Vaccination in the Punjab 1867-1880 - 1867-1880
Year: 1867
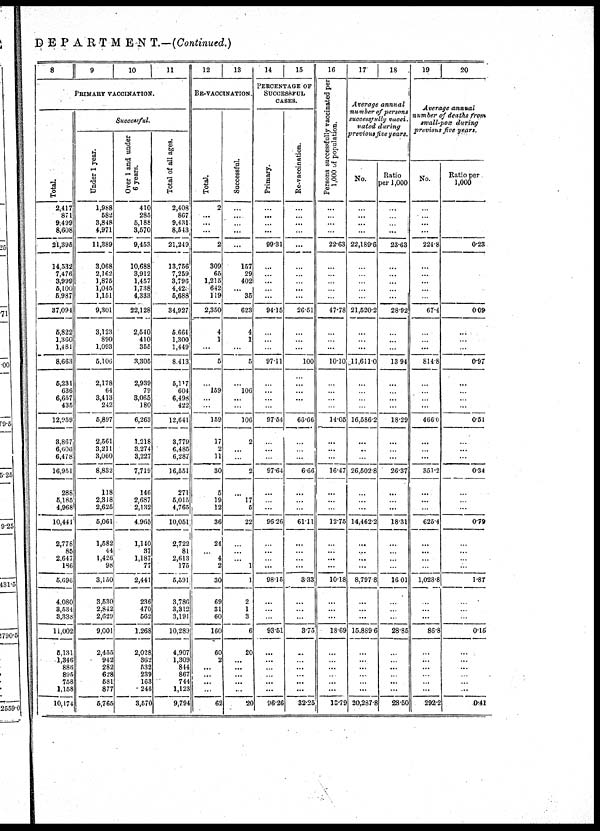
DEPARTMENT.—(Continued.)
8
9
10
11
PRIMARY VACCINATION.
Total.
2,417
871
9,499
8,608
21,395
14,532
7,476
3,999
5,100
5,987
37,094
5,822
1,360
1,481
8,663
5,231
636
6,657
435
12,959
3,867
6,606
6,478
16,951
288
5,185
4,968
10,441
2,778
85
2,647
186
5,696
4,080
3,534
3,338
11,002
5,131
1,346
886
895
758
1,158
10,174
Successful.
Under 1 year.
1,988
582
3,848
4,971
11,389
3,068
2,162
1,875
1,045
1,151
9,301
3,123
890
1,093
5,106
2,178
64
3,413
242
5,897
2,561
3,211
3,060
8,832
118
2,318
2,625
5,061
1,582
44
1,426
98
3,150
3,530
2,842
2,629
9,001
2,455
942
282
628
581
877
5,765
Over 1 and under
6 years.
410
285
5,188
3,570
9,453
10,688
3,912
1,457
1,738
4,333
22,128
2,540
410
355
3,305
2,939
79
3,065
180
6,263
1,218
3,274
3,227
7,719
146
2,687
2,132
4,965
1,140
37
1,187
77
2,441
236
470
562
1,268
2,028
362
632
239
163
246
3,570
Total of all ages.
2,408
867
9,431
8,543
21,249
13,756
7,259.
3,796
4,428
5,688
34,927
5,664
1,300
1,449
8,413
6,117
604
6,498
422
12,641
3,779
6,485
6,287
16,551
271
5,015
4,765
10,051.
2,722
81
2,613
175
5,591
3,786
3,312
3,191
10,289
4,907
1,309
814
867
744
1,123
9,794
12
13
RE-VACCINATION.
Total.
2
...
...
...
2
309
65
1,215
642
119
2,350
4
1
...
5
...
159
...
...
159
17
2
11
30
5
19
12
36
24
... 4
2
30
69
31
60
160
60
2
...
...
...
...
62
Successful.
...
...
...
...
...
157
29
402
... 35
623
4
1
...
5
...
106
...
...
106
2
...
...
2
...
17
5
22
...
...
...
1
1
2
1
3
6
20
...
...
...
...
...
20
14
15
PERCENTAGE OF
SUCCESSFUL
CASES.
Primary.
...
...
...
...
99.31
...
...
...
...
...
94.15
...
...
...
97.11
...
...
...
...
97.54
...
...
...
97.64
...
...
...
96.26
...
...
...
...
98.15
...
...
...
93.51
...
...
...
...
...
...
96.26
Re-vaccination.
...
...
...
...
...
...
...
...
...
...
26.51
...
...
...
100
...
...
...
...
65.66
...
...
...
6.66
...
...
...
61.11
...
...
...
...
3.33
...
...
...
3.75
...
...
...
...
...
...
32.25
16
Persons successfully vaccinated per
1,000 of population.
...
...
...
...
22.63
...
...
...
...
...
47.78
...
...
...
10.10
...
...
...
...
14.05
...
...
...
16.47
...
...
...
12.75
...
...
...
...
10.18
...
...
...
18.69
...
...
...
...
...
...
13.79
17
18
Average annual
number of persons
successfully vacci
vated during
previous five years.
No.
...
...
...
...
22,189.6
...
...
...
...
...
21,520.2
...
...
...
11,611.0
...
...
...
...
16,586.2
...
...
...
26,502.8
...
...
...
14,462.2
...
...
...
...
8,797.8
...
...
...
15,889.6
...
...
...
...
...
...
20,287.8
Ratio
per 1,000
...
...
...
...
23.63
...
...
...
...
...
28.92
...
...
...
13.94
...
...
...
...
18.29
...
...
...
26.37
...
...
...
18.31
...
...
...
...
16.01
...
...
...
28.85
...
...
...
...
...
...
28.50
19
20
Average annual
number of deaths from
small-pox during
previous five years.
No.
...
...
...
...
224.8
...
...
...
...
...
67.4
...
...
...
814.8
...
...
...
...
466.0
...
...
...
351.2
...
...
...
625.4
...
...
...
...
1,028.8
...
...
...
86.8
...
...
...
...
...
...
292.2
Ratio per
1,000
...
...
...
...
0.23
...
...
...
...
...
0.09
...
...
...
0.97
...
...
...
...
0.51
...
...
...
0.34
...
...
...
0.79
...
...
...
...
1.87
...
...
...
0.15
...
...
...
...
...
...
0.41